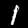
Digit: 1